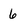
Character: 6